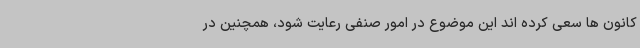
کانون ها سعی کرده اند این موضوع در امور صنفی رعایت شود، همچنین در